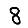
Digit: 8